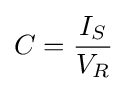
C={\frac {I_{S}}{V_{R}}}